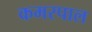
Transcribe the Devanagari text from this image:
कमरपाल